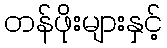
တန်ဖိုးများနှင့်